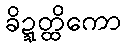
ခိဍ္ဍတ္ထိကော